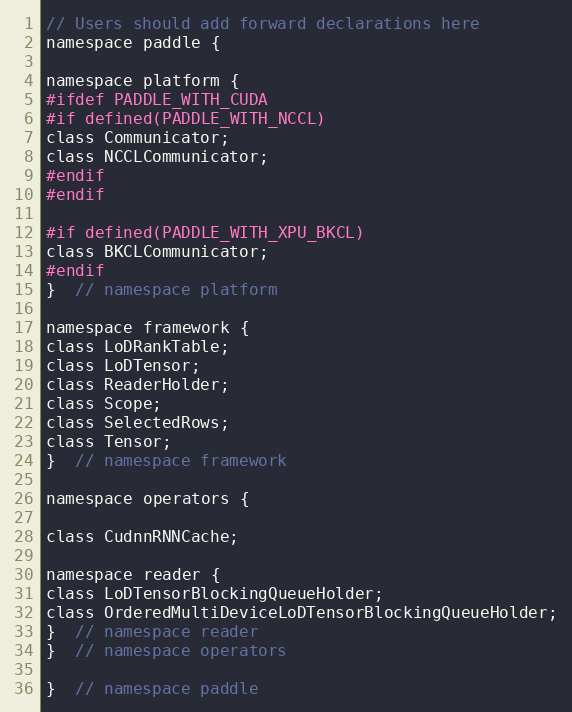
Language: C
// Users should add forward declarations here
namespace paddle {

namespace platform {
#ifdef PADDLE_WITH_CUDA
#if defined(PADDLE_WITH_NCCL)
class Communicator;
class NCCLCommunicator;
#endif
#endif

#if defined(PADDLE_WITH_XPU_BKCL)
class BKCLCommunicator;
#endif
}  // namespace platform

namespace framework {
class LoDRankTable;
class LoDTensor;
class ReaderHolder;
class Scope;
class SelectedRows;
class Tensor;
}  // namespace framework

namespace operators {

class CudnnRNNCache;

namespace reader {
class LoDTensorBlockingQueueHolder;
class OrderedMultiDeviceLoDTensorBlockingQueueHolder;
}  // namespace reader
}  // namespace operators

}  // namespace paddle